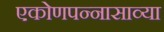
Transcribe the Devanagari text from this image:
एकोणपन्नासाव्या